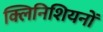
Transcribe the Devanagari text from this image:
क्लिनिशियनों